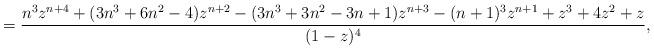
LaTeX: \begin{align*} = \frac{n^3 z^{n+4} +(3n^3+6n^2-4) z^{n+2} -(3n^3+3n^2-3n+1) z^{n+3} -(n+1)^3 z^{n+1} +z^3 + 4z^2 + z}{(1-z)^4},\end{align*}